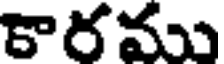
కారము